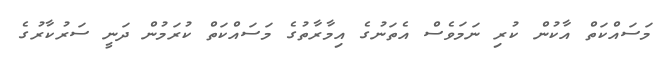
މަސައްކަތް އާކުން ކުރި ނަމަވެސް އެތަނުގެ އިމާރާތުގެ މަސައްކަތް ކުރަމުން ދަނީ ސަރުކާރުގެ